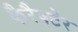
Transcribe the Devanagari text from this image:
कैरैक्टेर